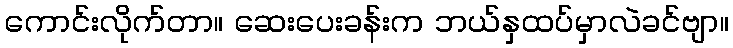
ကောင်းလိုက်တာ။ ဆေးပေးခန်းက ဘယ်နှထပ်မှာလဲခင်ဗျာ။